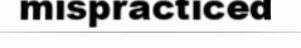
mispracticed